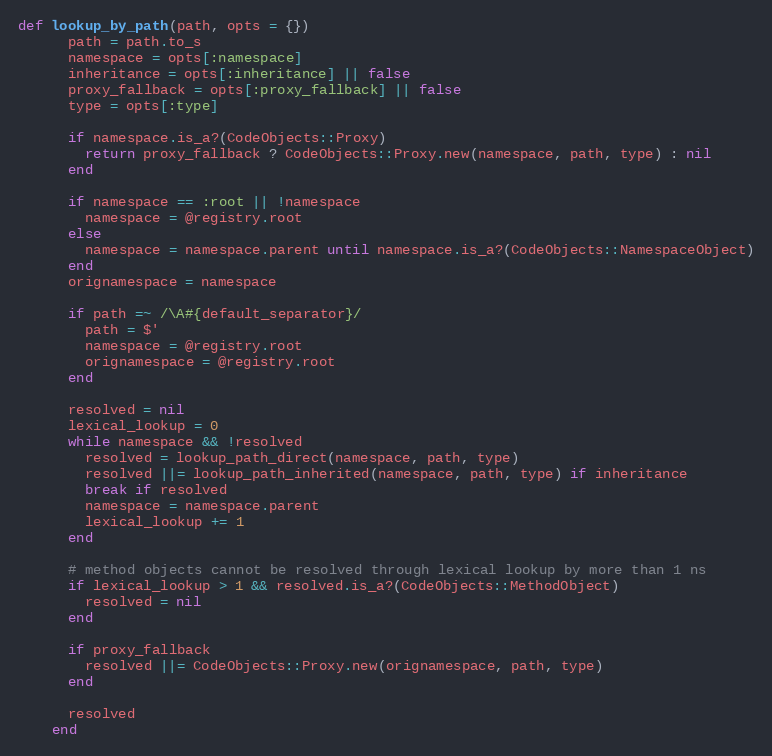
Language: Ruby
def lookup_by_path(path, opts = {})
      path = path.to_s
      namespace = opts[:namespace]
      inheritance = opts[:inheritance] || false
      proxy_fallback = opts[:proxy_fallback] || false
      type = opts[:type]

      if namespace.is_a?(CodeObjects::Proxy)
        return proxy_fallback ? CodeObjects::Proxy.new(namespace, path, type) : nil
      end

      if namespace == :root || !namespace
        namespace = @registry.root
      else
        namespace = namespace.parent until namespace.is_a?(CodeObjects::NamespaceObject)
      end
      orignamespace = namespace

      if path =~ /\A#{default_separator}/
        path = $'
        namespace = @registry.root
        orignamespace = @registry.root
      end

      resolved = nil
      lexical_lookup = 0
      while namespace && !resolved
        resolved = lookup_path_direct(namespace, path, type)
        resolved ||= lookup_path_inherited(namespace, path, type) if inheritance
        break if resolved
        namespace = namespace.parent
        lexical_lookup += 1
      end

      # method objects cannot be resolved through lexical lookup by more than 1 ns
      if lexical_lookup > 1 && resolved.is_a?(CodeObjects::MethodObject)
        resolved = nil
      end

      if proxy_fallback
        resolved ||= CodeObjects::Proxy.new(orignamespace, path, type)
      end

      resolved
    end